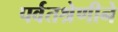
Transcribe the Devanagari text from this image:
पर्वतश्रेणीने